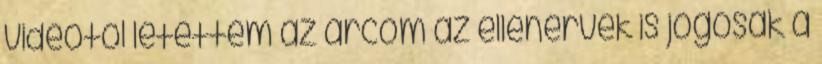
videótól letettem az arcom az ellenérvek is jogosak a